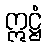
ဣဋ္ဌံ